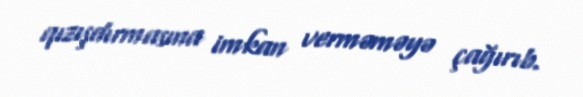
qızışdırmasına imkan verməməyə çağırıb.